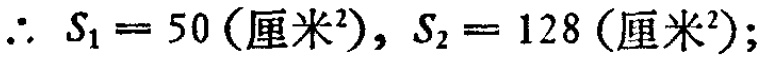
\(\therefore S_{1}=50(\text{厘米}^{2}),S_{2}=128(\text{厘米}^{2});\)